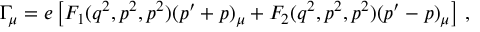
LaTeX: \Gamma _ { \mu } = e \left[ F _ { 1 } ( q ^ { 2 } , p ^ { 2 } , p ^ { 2 } ) ( p ^ { \prime } + p ) _ { \mu } + F _ { 2 } ( q ^ { 2 } , p ^ { 2 } , p ^ { 2 } ) ( p ^ { \prime } - p ) _ { \mu } \right] \, ,